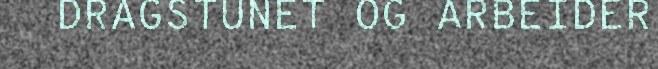
DRAGSTUNET OG ARBEIDER